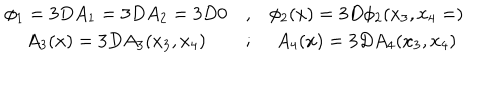
\begin{array} { c c c } { { \phi _ { 1 } = 3 D A _ { 1 } = 3 D A _ { 2 } = 3 D 0 } } & { { , } } & { { \phi _ { 2 } ( x ) = 3 D \phi _ { 2 } ( x _ { 3 } , x _ { 4 } = ) } } \\ { { A _ { 3 } ( x ) = 3 D A _ { 3 } ( x _ { 3 } , x _ { 4 } ) } } & { { ; } } & { { A _ { 4 } ( x ) = 3 D A _ { 4 } ( x _ { 3 } , x _ { 4 } ) } } \\ \end{array}